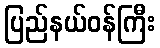
ပြည်နယ်ဝန်ကြီး